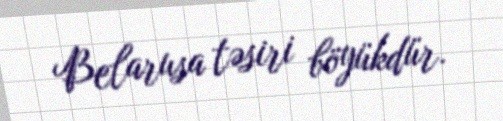
Belarusa təsiri böyükdür.